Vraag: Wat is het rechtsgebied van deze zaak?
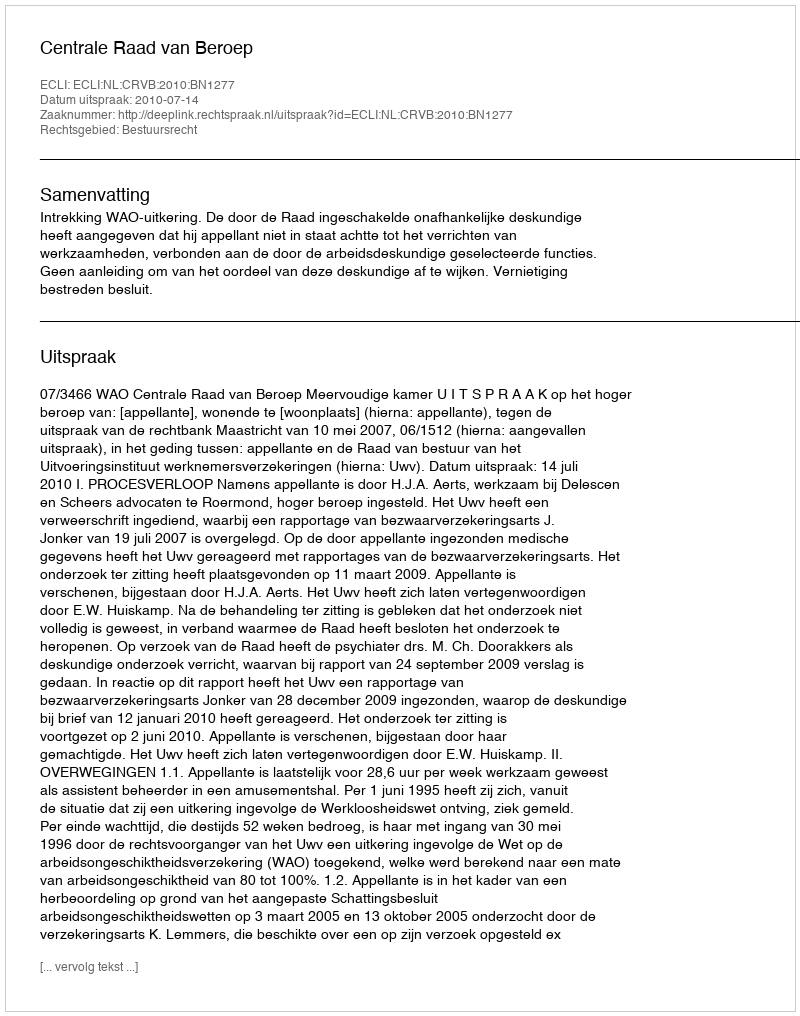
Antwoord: Bestuursrecht